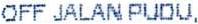
OFF JALAN PUDU,